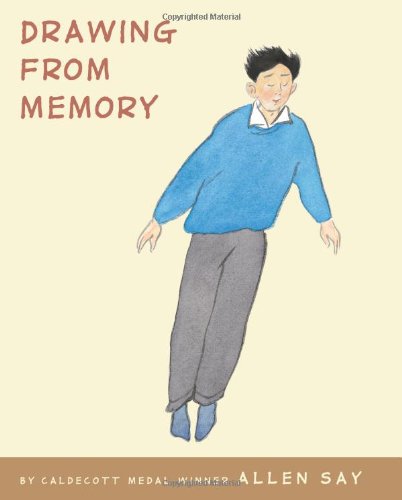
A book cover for Drawing From Memory; Allen Say; Children's Books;